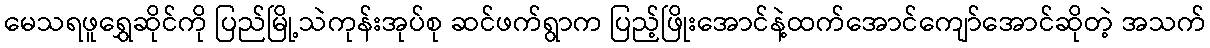
မေသရဖူရွှေဆိုင်ကို ပြည်မြို့သဲကုန်းအုပ်စု ဆင်ဖက်ရွာက ပြည့်ဖြိုးအောင်နဲ့ထက်အောင်ကျော်အောင်ဆိုတဲ့ အသက်